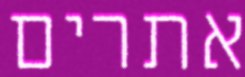
אתרים